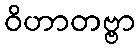
ဝိဟာတဗ္ဗာ